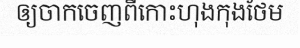
ឲ្យចាកចេញពីកោះហុងកុងថែម